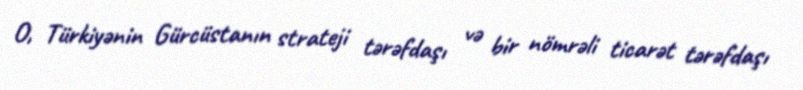
O, Türkiyənin Gürcüstanın strateji tərəfdaşı və bir nömrəli ticarət tərəfdaşı